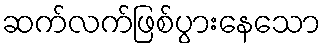
ဆက်လက်ဖြစ်ပွားနေသော